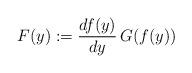
LaTeX: \begin{align*}F(y):=\frac{df(y)}{dy}\,G(f(y)) \end{align*}